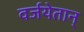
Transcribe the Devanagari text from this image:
वर्जयेतान्